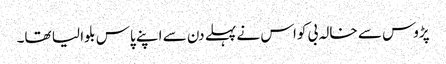
پڑوس سے خالہ بی کواس نے پہلے دن سے اپنے پاس بلوا لیا تھا۔